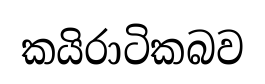
කයිරාටිකබව